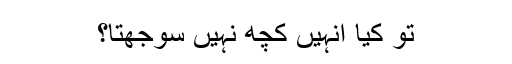
تو کیا انہیں کچھ نہیں سوجھتا؟